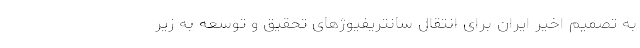
به تصمیم اخیر ایران برای انتقال سانتریفیوژهای تحقیق و توسعه به زیر